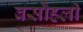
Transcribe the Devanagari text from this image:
बसौहली